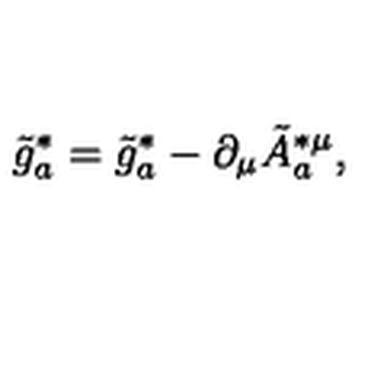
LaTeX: \tilde { g } _ { a } ^ { * } = \tilde { g } _ { a } ^ { * } - \partial _ { \mu } \tilde { A } _ { a } ^ { * \mu } ,